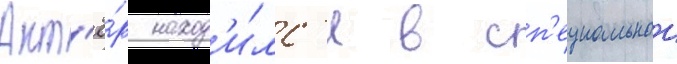
Акт'ё́р наход'и́лс'я в сп'ециальнои